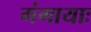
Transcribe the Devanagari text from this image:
गंगायाः